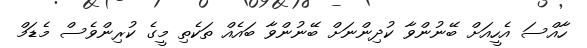
ހާއްސަ އެހީއަށް ބޭނުންވާ ކުދިންނަށް ބޭނުންވާ ބައެއް ތަކެތި މީގެ ކުރިންވެސް މެޑަމް